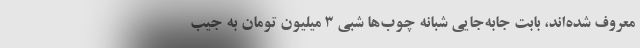
معروف شده‌اند، بابت جابه‌جایی شبانه چوب‌ها شبی ۳ میلیون تومان به جیب